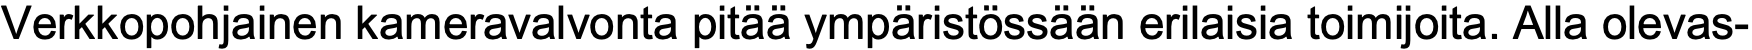
Verkkopohjainen kameravalvonta pitää ympäristössään erilaisia toimijoita. Alla olevas-